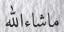
ماشاءالله